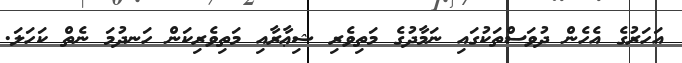
އަހަރުގެ އެހެން ދުވަސްތަކުގައި ނަމާދުގެ މަތިވެރި ޝިޢާރާއި މަތިވެރިކަން ހަނދުމަ ނެތް ކަހަލަ.